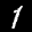
Label: 1